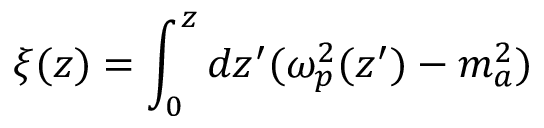
\xi ( z ) = \int _ { 0 } ^ { z } d z ^ { \prime } ( \omega _ { p } ^ { 2 } ( z ^ { \prime } ) - m _ { a } ^ { 2 } )